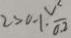
2 > 0 . 1 \cdot \frac { v ^ { 2 } } { 0 . 2 }